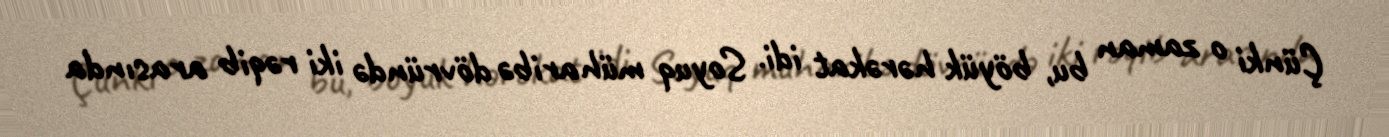
Çünki o zaman bu, böyük hərəkat idi. Soyuq müharibə dövründə iki rəqib arasında